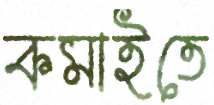
কমাইতে